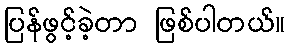
ပြန်ဖွင့်ခဲ့တာ ဖြစ်ပါတယ်။